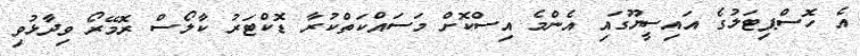
އެ ހޮސްޕިޓަލުގެ އައިސީޔޫގައި އެންމެ އިސްކޮށް މަސައްކަތްކުރާ ޑޮކްޓަރު ކާލޯސް ރޮމޭރޯ ވިދާޅުވި